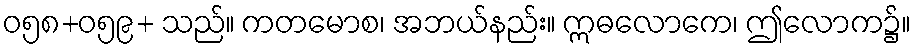
ဝ၅၈+၀၅၉+ သည်။ ကတမောစ၊ အဘယ်နည်း။ ဣဓလောကေ၊ ဤလောက၌။